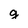
Character: g